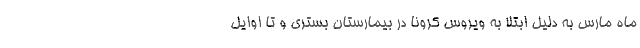
ماه مارس به دلیل ابتلا به ویروس کرونا در بیمارستان بستری و تا اوایل